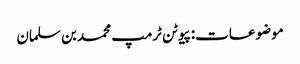
موضوعات:پیوٹن ٹرمپ محمد بن سلمان